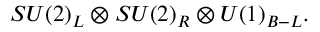
S U ( 2 ) _ { L } \otimes S U ( 2 ) _ { R } \otimes U ( 1 ) _ { B - L } .